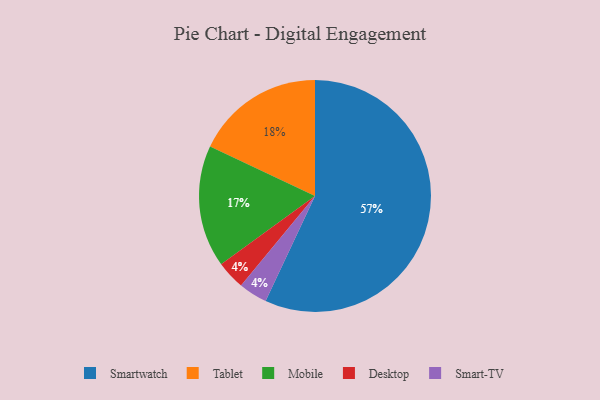
{"axis": {"x": "Category", "y": "Percentage"}, "legend": ["Desktop", "Mobile", "Smart-TV", "Smartwatch", "Tablet"], "data": [{"x": "Desktop", "y": 4, "type": "Desktop"}, {"x": "Mobile", "y": 17, "type": "Mobile"}, {"x": "Tablet", "y": 18, "type": "Tablet"}, {"x": "Smartwatch", "y": 57, "type": "Smartwatch"}, {"x": "Smart-TV", "y": 4, "type": "Smart-TV"}]}